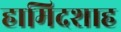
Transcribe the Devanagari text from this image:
हामिदशाह